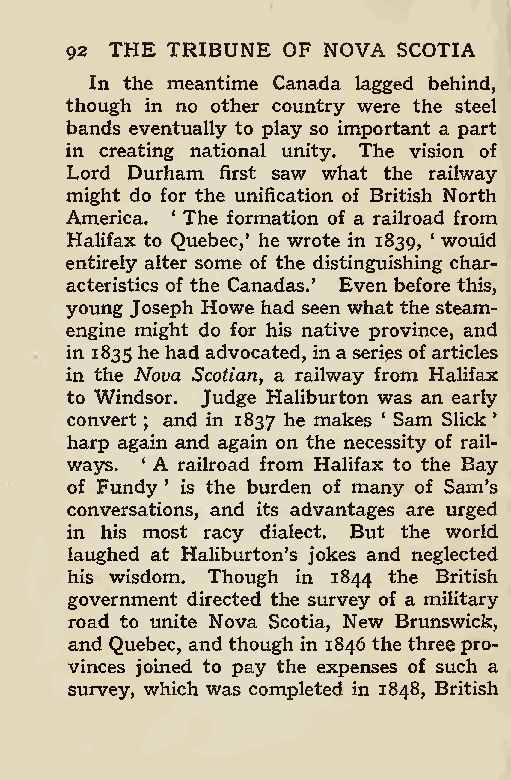
92 THE TRIBUNE OF NOVA SCOTIA
 In the meantime Canada lagged behind,
 though in no other country were the steel
 bands eventually to play so important a part
 in creating national unity. The vision of
 Lord Durham first saw what the railway
 might do for the unification of British North
 America. ‘ The formation of a railroad from
 Halifax to Quebec,' he wrote in 1839, ‘ would
 entirely alter some of the distinguishing char-
 acteristics of the Canadas.’ Even before this,
 young Joseph Howe had seen what the steam-
 engine might do for his native province, and
 in 1835 he had advocated, in aseries of articles
 in the Nova Scotian a railway from Halifax
 ,
 to Windsor. Judge Haliburton was an early
 convert and in 1837 he makes * Sam Slick ’
 ;
 harp again and again on the necessity of rail-
 ways. ‘ A railroad from Halifax to the Bay
 of Fundy ’ is the burden of many of Sam’s
 conversations, and its advantages are urged
 in his most racy dialect. But the world
 laughed at Haliburton’s jokes and neglected
 his wisdom. Though in 1844 the British
 government directed the survey of a military
 road to unite Nova Scotia, New Brunswick,
 and Quebec, and though in 1846 the threepro-
 vinces joined to pay the expenses of such a
 survey, which was completed in 1848, British